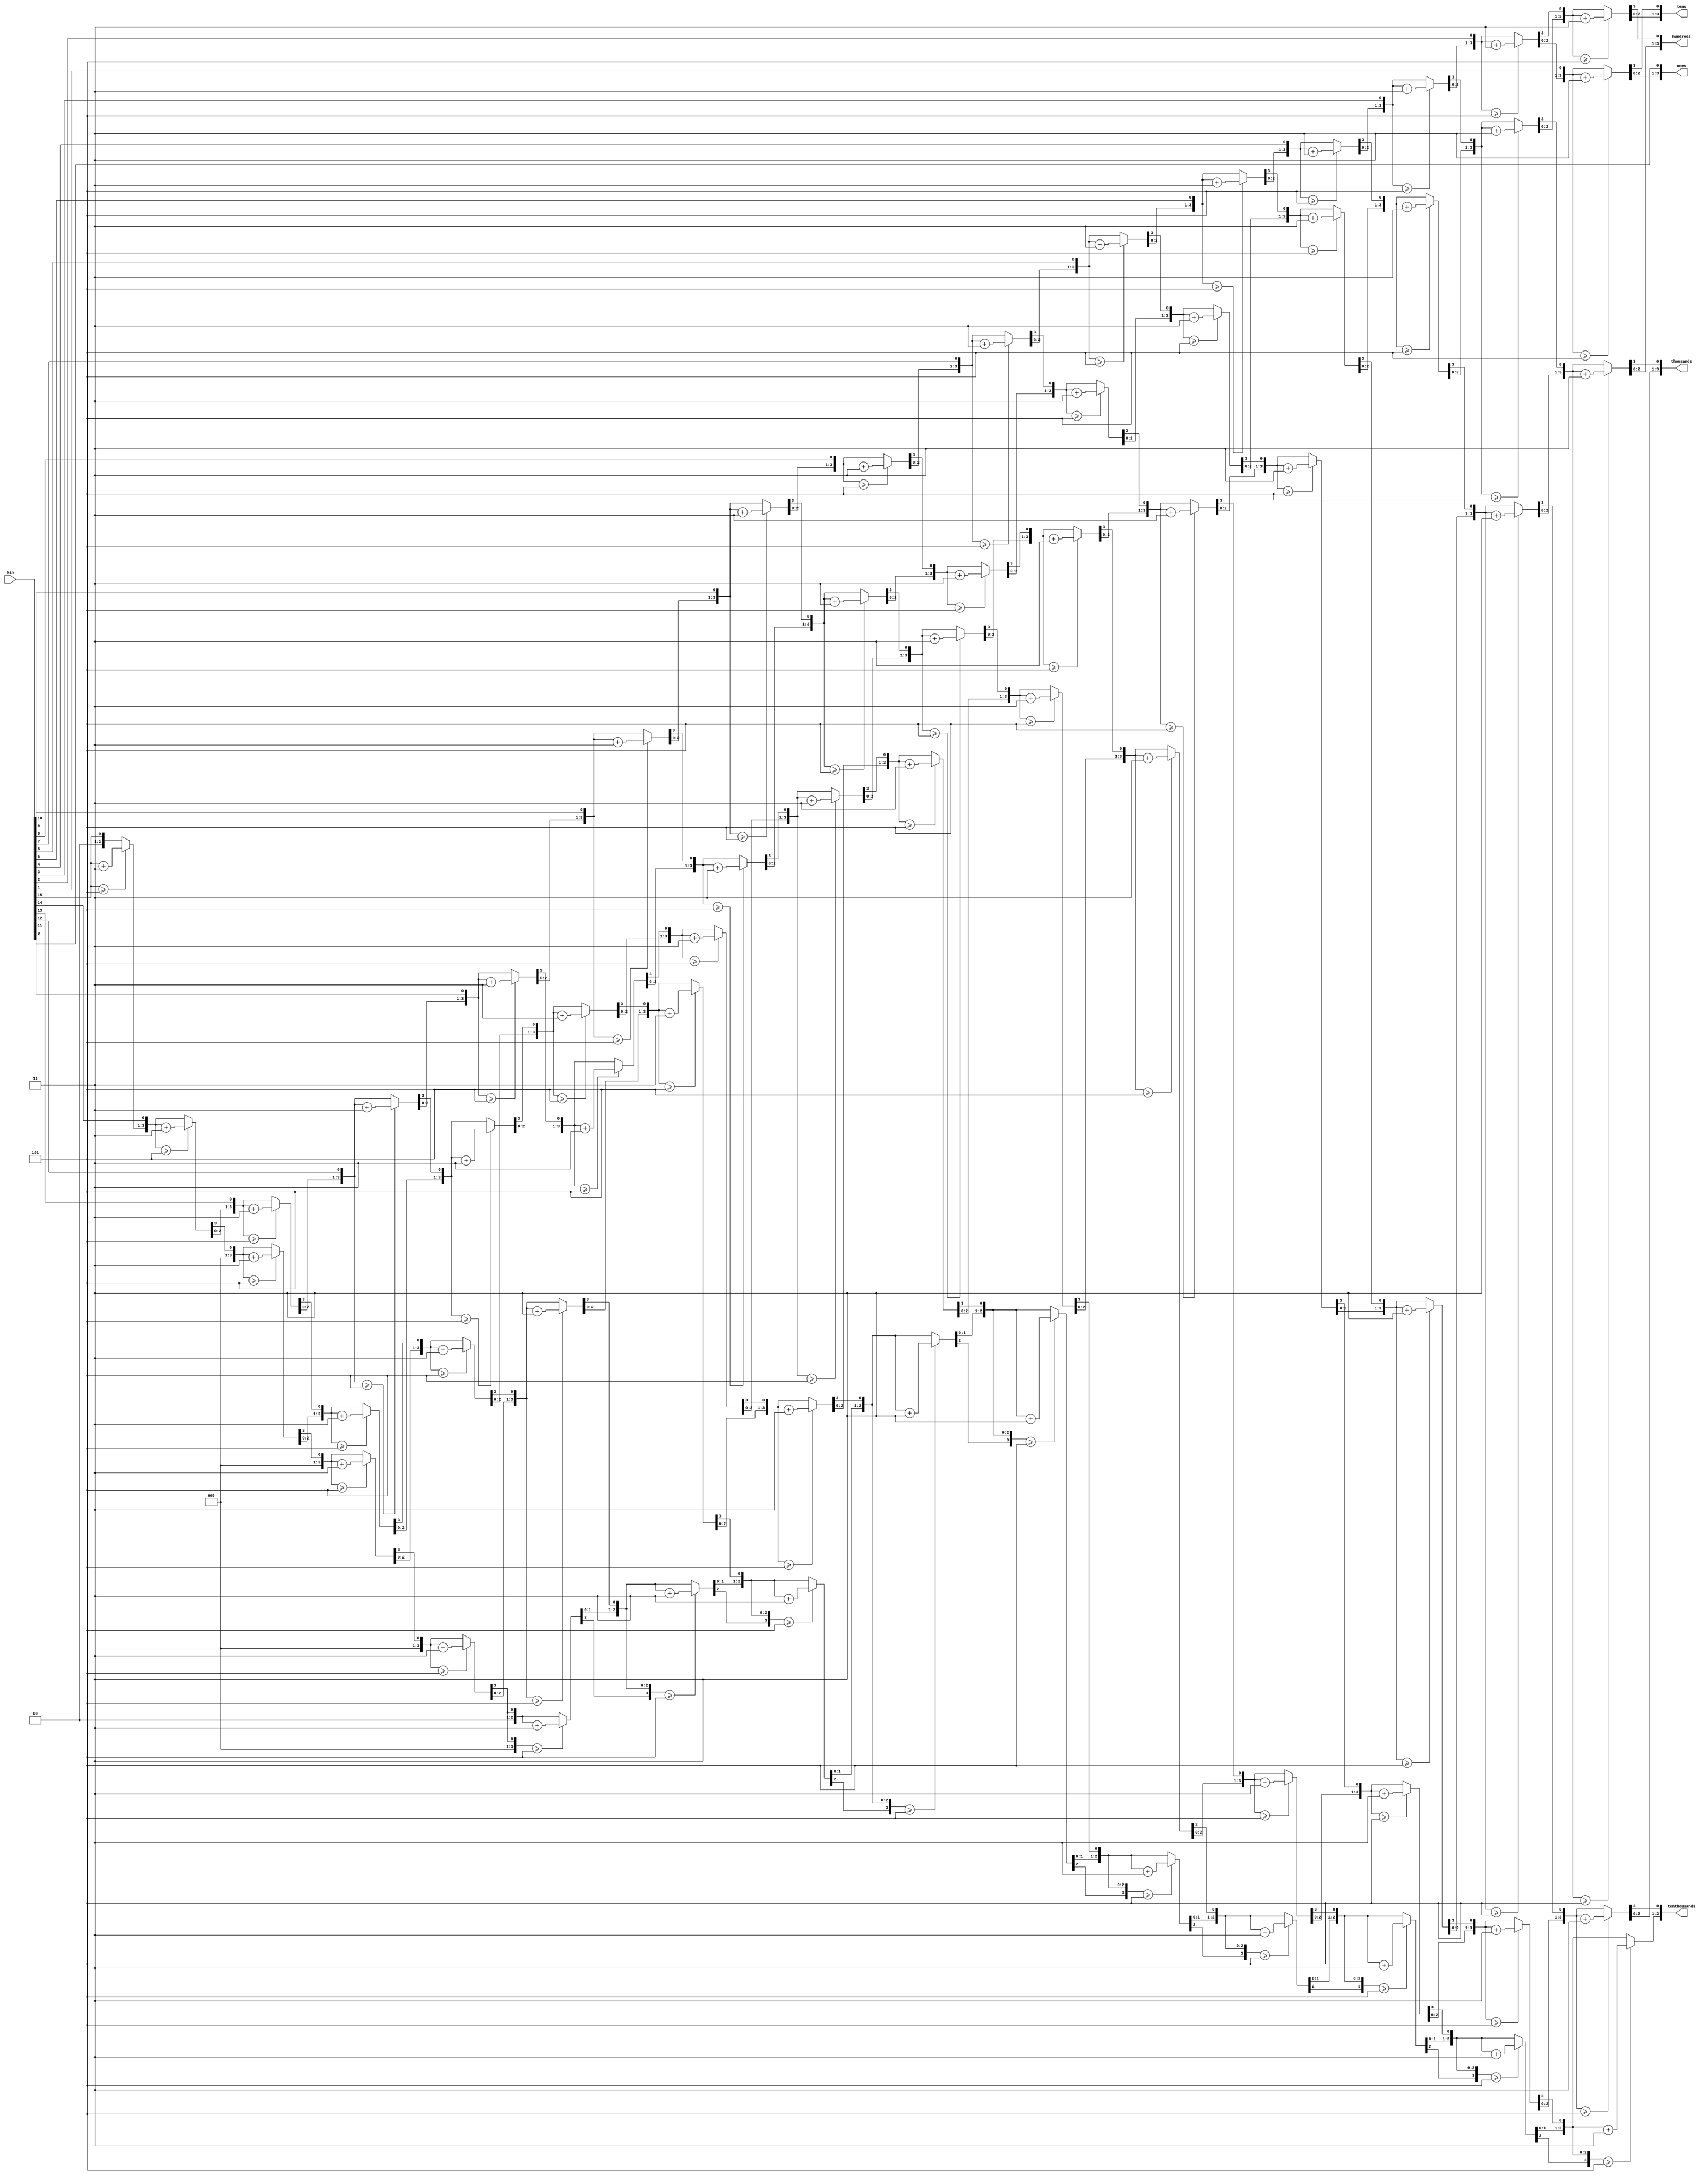

module B2D_16b (
input [15:0] bin,
output reg [3:0] tenthousands,
output reg [3:0] thousands,
output reg [3:0] hundreds,
output reg [3:0] tens,
output reg [3:0] ones
);

integer i;
always @ (*)
begin
	tenthousands = 4'd0;
	thousands = 4'd0;
	hundreds = 4'd0;
	tens = 4'd0;
	ones = 4'd0;
	
	for (i=15; i>=0; i=i-1)
	begin
		if (tenthousands >= 5) tenthousands = tenthousands+3;
		if (thousands >= 5) thousands = thousands+3;
		if (hundreds >= 5) hundreds = hundreds+3;
		if (tens >= 5) tens = tens+3;
		if (ones >= 5) ones = ones+3;
		
		tenthousands = tenthousands << 1;
		tenthousands[0] = thousands[3];
		thousands = thousands << 1;
		thousands[0] = hundreds[3];
		hundreds = hundreds << 1;
		hundreds[0] = tens[3];
		tens = tens << 1;
		tens[0] = ones[3];
		ones = ones << 1;
		ones[0] = bin[i];
	end
end

endmodule